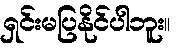
ရှင်းမပြနိုင်ပါဘူး။